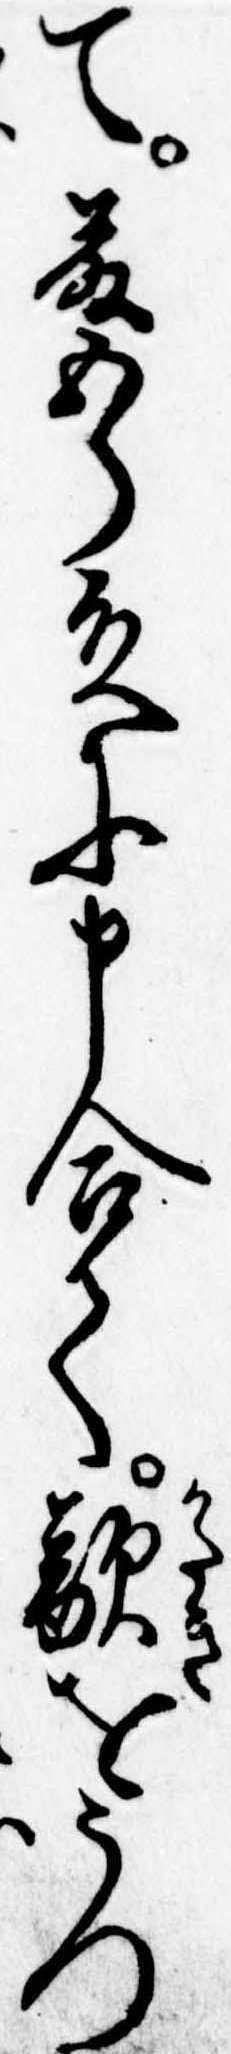
て藤五郎殿に申合て敵をうつ